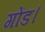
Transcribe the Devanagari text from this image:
गोंड।